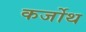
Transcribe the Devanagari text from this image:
कर्जोथ